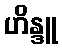
ဟိန္ဒူ